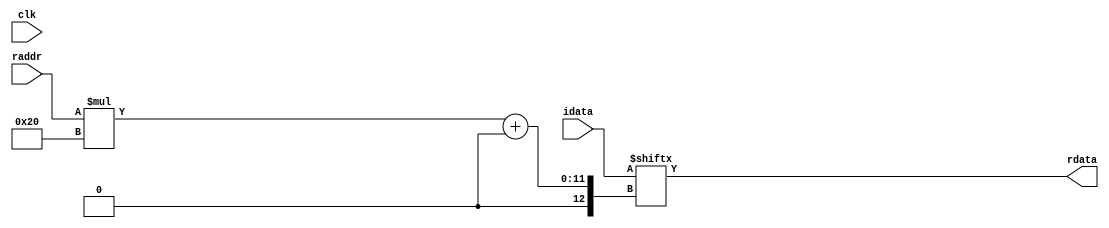
`timescale 1ns / 1ps
//////////////////////////////////////////////////////////////////////////////////
// Module Name: selector
// Project Name: my_static_pipeline_CPU
// Description: 5x32
// Dependencies: decoder(idata,ena,odata);
//                idata 5
//                ena	we
//                odata	32
// Revision:0.1 File Created
//////////////////////////////////////////////////////////////////////////////////



module selector(clk,idata,raddr,rdata);
    input clk			;
    input [1023:0]idata	;
    input [   4:0]raddr	;//5
    output [31:0] rdata ;//31
    assign rdata=idata[raddr*32+:32];
  
endmodule